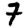
Digit: 7